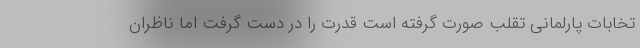
تخابات پارلمانی تقلب صورت گرفته است قدرت را در دست گرفت اما ناظران